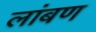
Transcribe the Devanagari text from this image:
लांबण